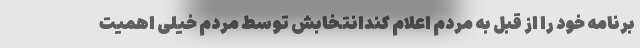
برنامه خود را از قبل به مردم اعلام کندانتخابش توسط مردم خیلی اهمیت